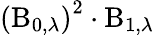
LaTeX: \left(\operatorname{B}_{0,\lambda}\right)^{2}\cdot\operatorname{B}_{1,\lambda}